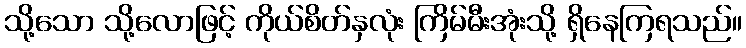
သို့သော သို့လောဖြင့် ကိုယ်စိတ်နှလုံး ကြိမ်မီးအုံးသို့ ရှိနေကြရသည်။